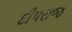
દીપરાજ